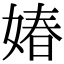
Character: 媋